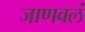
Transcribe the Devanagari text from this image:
जाणवलं